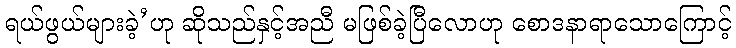
ရယ်ဖွယ်များခဲ့’ဟု ဆိုသည်နှင့်အညီ မဖြစ်ခဲ့ပြီလောဟု စောဒနာရာသောကြောင့်